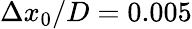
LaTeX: \Delta x_{0}/D=0.005